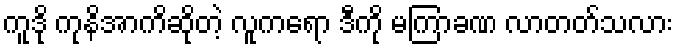
ကူဒို ကုနိအာကိဆိုတဲ့ လူကရော ဒီကို မကြာခဏ လာတတ်သလား